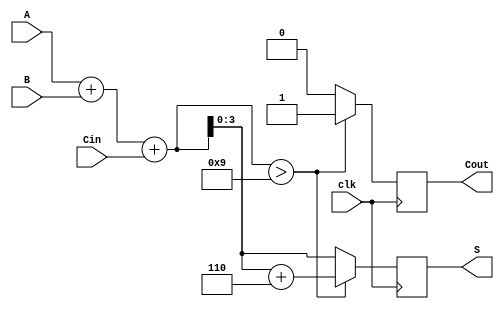
module BCD_Synchronous_Adder (
    input wire [3:0] A,      // First BCD digit
    input wire [3:0] B,      // Second BCD digit
    input wire clk,          // Clock signal
    input wire Cin,          // Carry-in
    output reg [3:0] S,      // BCD result
    output reg Cout          // Carry-out
);

    reg [4:0] Sum;           // 5-bit sum to hold A + B + Cin

    always @(posedge clk) begin
        // Step 1: Perform binary addition
        Sum = A + B + Cin;

        // Step 2: Check for BCD correction
        if (Sum > 9) begin
            // If the sum exceeds 9, add 6 (0110 in binary)
            Sum = Sum + 5'b00110;
            Cout = 1; // Set carry-out if correction is needed
        end else begin
            Cout = 0; // No carry-out if within BCD range
        end

        // Step 3: Assign the lower 4 bits to the output
        S = Sum[3:0];
    end

endmodule